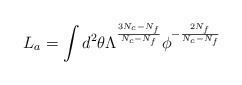
\begin{align*}L_a = \int d^2\theta \Lambda^{\frac{3 N_c-N_f}{N_c-N_f}}\phi^{- \frac{2 N_f}{N_c-N_f}}\end{align*}